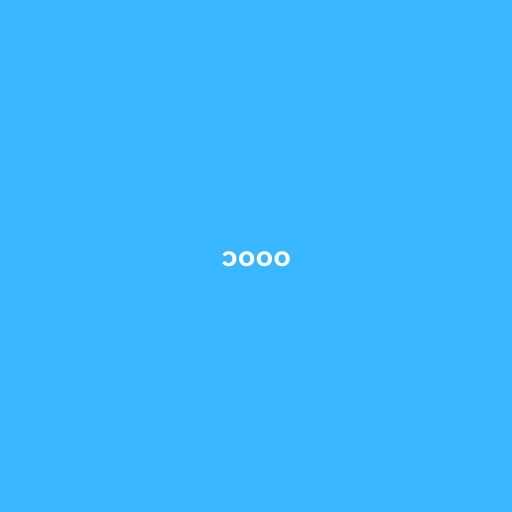
၁၀၀၀